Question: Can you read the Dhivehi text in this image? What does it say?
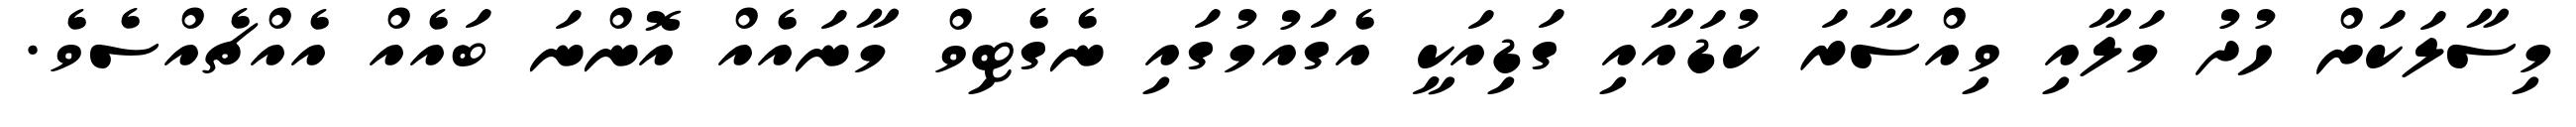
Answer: މިސާލަކަށް ހުދު މަލާއި ވިއްސާރަ ކުޑައާއި ގަޑިއަކީ އެގައުމުގައި ނެގެޓިވް މާނައެއް އޮންނަ ބައެއް އެއްޗެއްސެވެ.